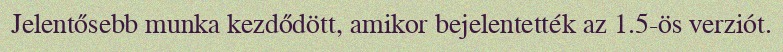
Jelentősebb munka kezdődött, amikor bejelentették az 1.5-ös verziót.